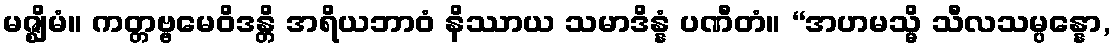
မဇ္ဈိမံ။ ကတ္တဗ္ဗမေဝိဒန္တိ အရိယဘာဝံ နိဿာယ သမာဒိန္နံ ပဏီတံ။ “အဟမသ္မိ သီလသမ္ပန္နော,